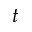
t